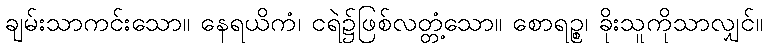
ချမ်းသာကင်းသော။ နေရယိကံ၊ ငရဲ၌ဖြစ်လတ္တံ့သော။ စောရဉ္စ၊ ခိုးသူကိုသာလျှင်။